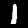
Digit: 1